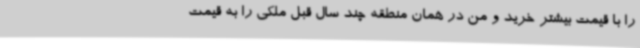
را با قیمت بیشتر خرید و من در همان منطقه چند سال قبل ملکی را به قیمت